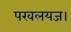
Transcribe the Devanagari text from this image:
परवलयज।